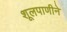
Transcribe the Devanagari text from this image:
शूलपाणीने